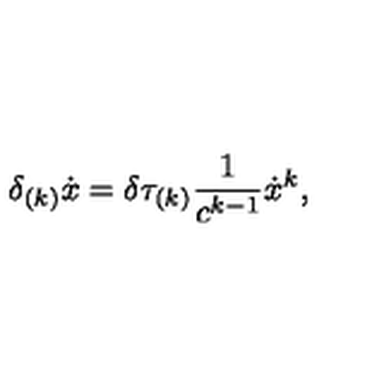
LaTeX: \delta _ { ( k ) } \dot { x } = \delta \tau _ { ( k ) } \frac { 1 } { c ^ { k - 1 } } \dot { x } ^ { k } ,